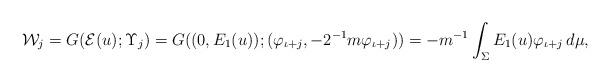
LaTeX: \begin{align*}\mathcal{W}_j=G(\mathcal{E}(u);\Upsilon_j)=G((0,E_1(u)) ; ( \varphi_{\iota+j},-2^{-1}m\varphi_{\iota+j}) )=-m^{-1} \int_\Sigma E_1(u)\varphi_{\iota+j}\, d\mu,\end{align*}